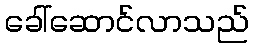
ခေါ်ဆောင်လာသည်